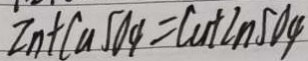
Z n + C u S O _ { 4 } = C u + 2 n S O _ { 4 }